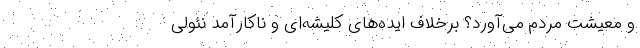
و معیشت مردم می‌آورد؟ برخلافِ ایده‌های کلیشه‌ای و ناکارآمدِ نئولی